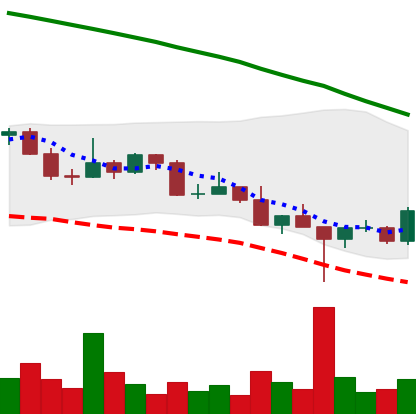
Ticker: DOGE-USD
Chart end date: 2022-02-28
Forward return: -6.128%
Label: down_5_7